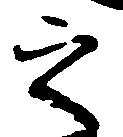
之